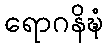
ရောဂနိဍ္ဎံ